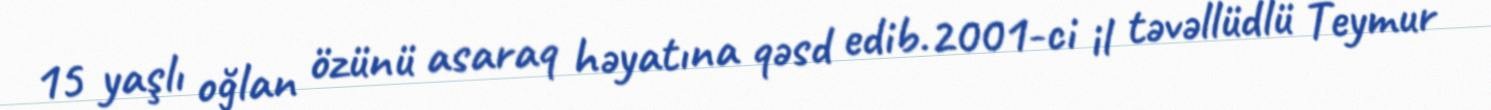
15 yaşlı oğlan özünü asaraq həyatına qəsd edib.2001-ci il təvəllüdlü Teymur